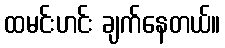
ထမင်းဟင်း ချက်နေတယ်။